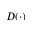
D ( \cdot )